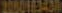
2000103430